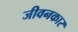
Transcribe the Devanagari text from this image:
जीवनकार